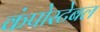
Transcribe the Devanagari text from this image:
कंपोस्टेबल